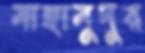
মাহামুদুর